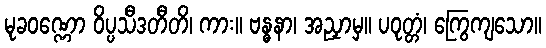
မုခဝဏ္ဏော ဝိပ္ပသီဒတီတိ၊ ကား။ ဗန္ဓနာ၊ အညှာမှ။ ပဝုတ္တံ၊ ကြွေကျသော။